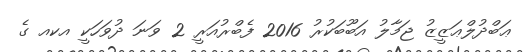
ޢަބްދުލްޢަޒީޒު ޖަމާލު އަބޫބަކުރު 2016 ފެބްރުއަރީ 2 ވަނަ ދުވަހަކީ އކއ ގެ